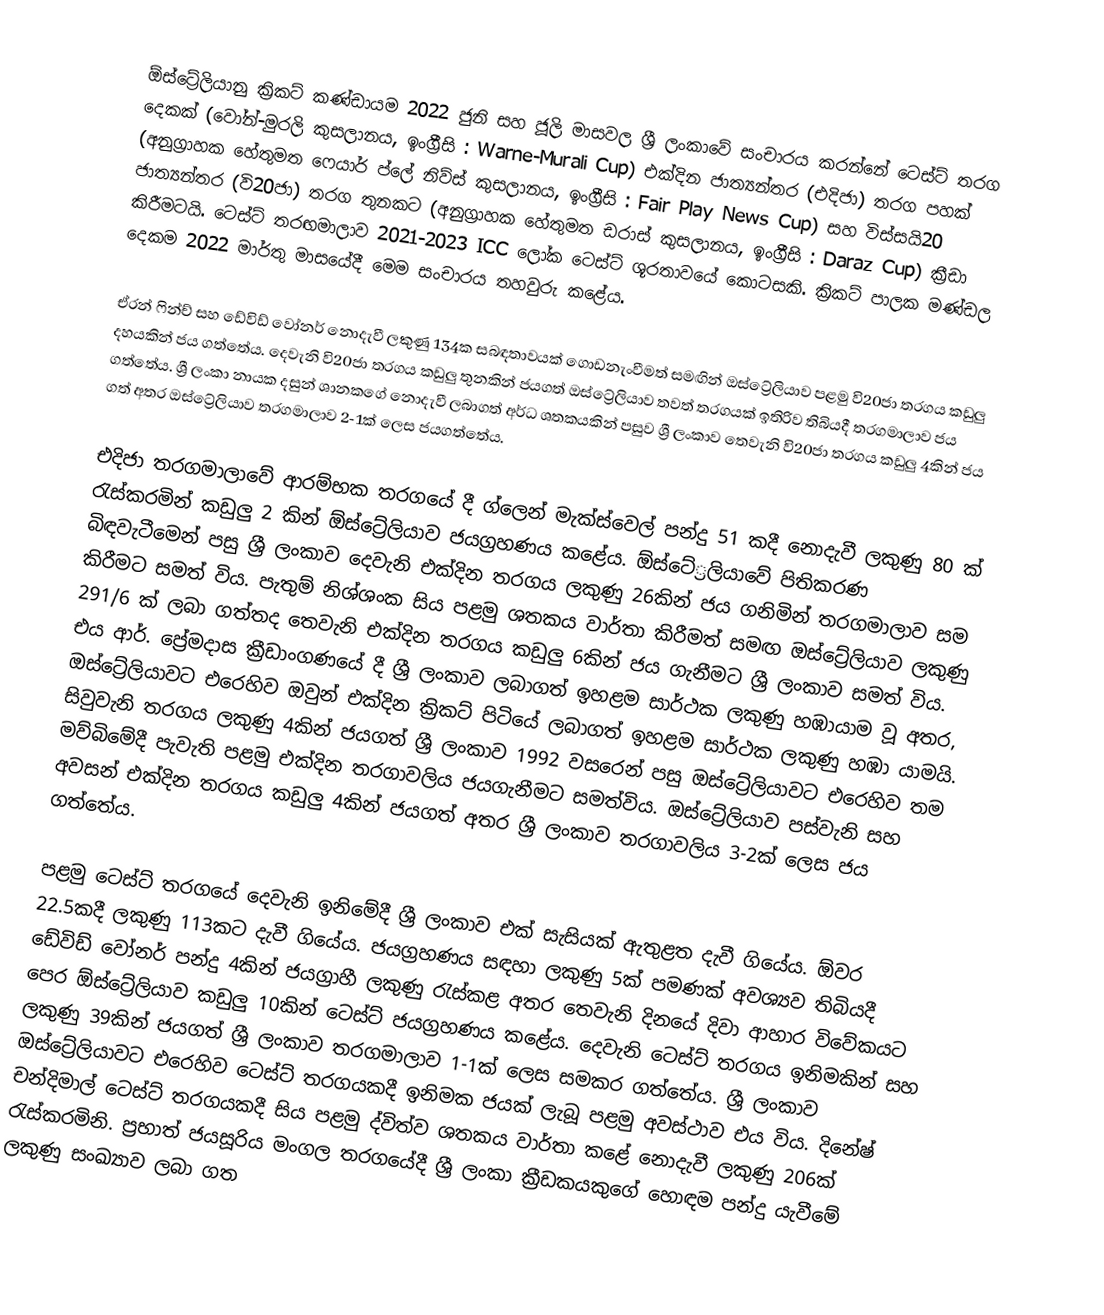
ඕස්ට්‍රේලියානු ක්‍රිකට් කණ්ඩායම 2022 ජුනි සහ ජූලි මාසවල ශ්‍රී ලංකාවේ සංචාරය කරන්නේ ටෙස්ට් තරග දෙකක් (වෝන්-මුරලි කුසලානය, ඉංග්‍රීසි : Warne-Murali Cup)  එක්දින ජාත්‍යන්තර (එදිජා) තරග පහක් (අනුග්‍රාහක හේතුමත ෆෙයාර් ප්ලේ නිව්ස් කුසලානය, ඉංග්‍රීසි : Fair Play News Cup) සහ විස්සයි20 ජාත්‍යන්තර (වි20ජා) තරග තුනකට (අනුග්‍රාහක හේතුමත ඩරාස් කුසලානය, ඉංග්‍රීසි : Daraz Cup)  ක්‍රීඩා කිරීමටයි. ටෙස්ට් තරඟමාලාව 2021-2023 ICC ලෝක ටෙස්ට් ශූරතාවයේ කොටසකි. ක්‍රිකට් පාලක මණ්ඩල දෙකම 2022 මාර්තු මාසයේදී මෙම සංචාරය තහවුරු කළේය.

ඒරන් ෆින්ච් සහ ඩේවිඩ් වෝනර් නොදැවී ලකුණු 134ක සබඳතාවයක් ගොඩනැංවීමත් සමඟින් ඔස්ට්‍රේලියාව පළමු වි20ජා තරගය කඩුලු දහයකින් ජය ගත්තේය. දෙවැනි වි20ජා තරගය කඩුලු තුනකින් ජයගත් ඔස්ට්‍රේලියාව තවත් තරගයක් ඉතිරිව තිබියදී තරගමාලාව ජය ගත්තේය. ශ්‍රී ලංකා නායක දසුන් ශානකගේ නොදැවී ලබාගත් අර්ධ ශතකයකින් පසුව ශ්‍රී ලංකාව තෙවැනි වි20ජා තරගය කඩුලු 4කින් ජය ගත් අතර ඔස්ට්‍රේලියාව තරගමාලාව 2-1ක් ලෙස ජයගත්තේය.

එදිජා තරගමාලාවේ ආරම්භක තරගයේ දී ග්ලෙන් මැක්ස්වෙල් පන්දු 51 කදී නොදැවී ලකුණු 80 ක් රැස්කරමින් කඩුලු 2 කින් ඕස්ට්‍රේලියාව ජයග්‍රහණය කළේය. ඕස්ටේ‍්‍රලියාවේ පිතිකරණ බිඳවැටීමෙන් පසු ශ්‍රී ලංකාව දෙවැනි එක්දින තරගය ලකුණු 26කින් ජය ගනිමින් තරගමාලාව සම කිරීමට සමත් විය. පැතුම් නිශ්ශංක සිය පළමු ශතකය වාර්තා කිරීමත් සමඟ ඔස්ට්‍රේලියාව ලකුණු 291/6 ක් ලබා ගත්තද තෙවැනි එක්දින තරගය කඩුලු 6කින් ජය ගැනීමට ශ්‍රී ලංකාව සමත් විය. එය ආර්. ප්‍රේමදාස ක්‍රීඩාංගණයේ දී ශ්‍රී ලංකාව ලබාගත් ඉහළම සාර්ථක ලකුණු හඹායාම වූ අතර, ඔස්ට්‍රේලියාවට එරෙහිව ඔවුන් එක්දින ක්‍රිකට් පිටියේ ලබාගත් ඉහළම සාර්ථක ලකුණු හඹා යාමයි. සිවුවැනි තරගය ලකුණු 4කින් ජයගත් ශ්‍රී ලංකාව 1992 වසරෙන් පසු ඔස්ට්‍රේලියාවට එරෙහිව තම මව්බිමේදී පැවැති පළමු එක්දින තරගාවලිය ජයගැනීමට සමත්විය. ඔස්ට්‍රේලියාව පස්වැනි සහ අවසන් එක්දින තරගය කඩුලු 4කින් ජයගත් අතර ශ්‍රී ලංකාව තරගාවලිය 3-2ක් ලෙස ජය ගත්තේය.

පළමු ටෙස්ට් තරගයේ දෙවැනි ඉනිමේදී ශ්‍රී ලංකාව එක් සැසියක් ඇතුළත දැවී ගියේය. ඕවර 22.5කදී ලකුණු 113කට දැවී ගියේය. ජයග්‍රහණය සඳහා ලකුණු 5ක් පමණක් අවශ්‍යව තිබියදී ඩේවිඩ් වෝනර් පන්දු 4කින් ජයග්‍රාහී ලකුණු රැස්කළ අතර තෙවැනි දිනයේ දිවා ආහාර විවේකයට පෙර ඕස්ට්‍රේලියාව කඩුලු 10කින් ටෙස්ට් ජයග්‍රහණය කළේය. දෙවැනි ටෙස්ට් තරගය ඉනිමකින් සහ ලකුණු 39කින් ජයගත් ශ්‍රී ලංකාව තරගමාලාව 1-1ක් ලෙස සමකර ගත්තේය. ශ්‍රී ලංකාව ඔස්ට්‍රේලියාවට එරෙහිව ටෙස්ට් තරගයකදී ඉනිමක ජයක් ලැබූ පළමු අවස්ථාව එය විය. දිනේෂ් චන්දිමාල් ටෙස්ට් තරගයකදී සිය පළමු ද්විත්ව ශතකය වාර්තා කළේ නොදැවී ලකුණු 206ක් රැස්කරමිනි. ප්‍රභාත් ජයසූරිය මංගල තරගයේදී ශ්‍රී ලංකා ක්‍රීඩකයකුගේ හොඳම පන්දු යැවීමේ ලකුණු සංඛ්‍යාව ලබා ගත